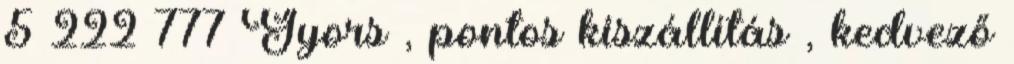
5 222 777 Gyors , pontos kiszállítás , kedvező